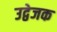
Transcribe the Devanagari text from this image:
उद्वेजक